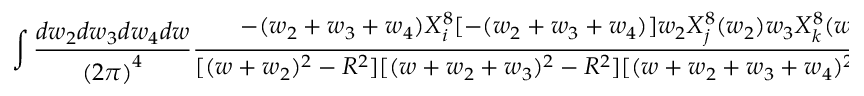
\int \frac { d w _ { 2 } d w _ { 3 } d w _ { 4 } d w } { { ( 2 \pi ) } ^ { 4 } } \frac { - ( w _ { 2 } + w _ { 3 } + w _ { 4 } ) X _ { i } ^ { 8 } [ - ( w _ { 2 } + w _ { 3 } + w _ { 4 } ) ] w _ { 2 } X _ { j } ^ { 8 } ( w _ { 2 } ) w _ { 3 } X _ { k } ^ { 8 } ( w _ { 3 } ) w _ { 4 } X _ { l } ^ { 8 } ( w _ { 4 } ) } { [ ( w + w _ { 2 } ) ^ { 2 } - R ^ { 2 } ] [ ( w + w _ { 2 } + w _ { 3 } ) ^ { 2 } - R ^ { 2 } ] [ ( w + w _ { 2 } + w _ { 3 } + w _ { 4 } ) ^ { 2 } - R ^ { 2 } ] [ w ^ { 2 } - R ^ { 2 } ] }